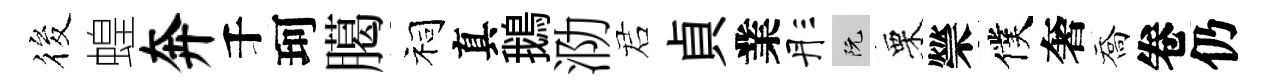
筱蝗奔千珂臈祠真鵝泐诺貞業彤阮栗禜僕奢喬卷仍